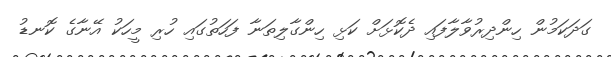
ގަދަކަމުން ހިންދިރުވާލާފައި ދެކޮޅަށް ކަޅި ހިންގާލިތަނާ ފަހަތުގައި ހުރި މީހަކު އޭނާގެ ކޮނޑު